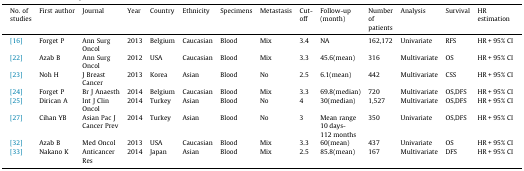
| No. of studies | First author | Journal | Year | Country | Ethnicity | Specimens | Metastasis | Cut-off | Follow-up (month) | Number of patients | Analysis | Survival | HR estimation |
 | --- | --- | --- | --- | --- | --- | --- | --- | --- | --- | --- | --- | --- | --- |
 | [16] | Forget P | Ann Surg Oncol | 2013 | Belgium | Caucasian | Blood | Mix | 3.4 | NA | 162,172 | Univariate | RFS | HR + 95% CI |
 | [22] | Azab B | Ann Surg Oncol | 2012 | USA | Caucasian | Blood | Mix | 3.3 | 45.6(mean) | 316 | Multivariate | OS | HR + 95% CI |
 | [23] | Noh H | J Breast Cancer | 2013 | Korea | Asian | Blood | No | 2.5 | 6.1(mean) | 442 | Multivariate | CSS | HR + 95% CI |
 | [24] | Forget P | Br J Anaesth | 2014 | Belgium | Caucasian | Blood | Mix | 3.3 | 69.8(median) | 720 | Multivariate | OS,DFS | HR + 95% CI |
 | [25] | Dirican A | Int J Clin Oncol | 2014 | Turkey | Asian | Blood | No | 4 | 30(median) | 1,527 | Multivariate | OS,DFS | HR + 95% CI |
 | [27] | Cihan YB | Asian Pac J Cancer Prev | 2014 | Turkey | Asian | Blood | No | 3 | Mean range 10 days-112 months | 350 | Univariate | OS,DFS | HR + 95% CI |
 | [32] | Azab B | Med Oncol | 2013 | USA | Caucasian | Blood | Mix | 3.3 | 60(mean) | 437 | Univariate | OS | HR + 95% CI |
 | [33] | Nakano K | Anticancer Res | 2014 | Japan | Asian | Blood | Mix | 2.5 | 85.8(mean) | 167 | Multivariate | DFS | HR + 95% CI |